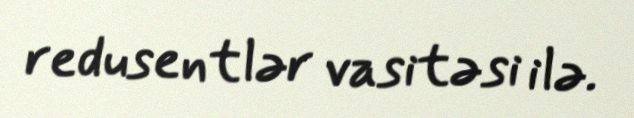
redusentlər vasitəsi ilə.